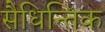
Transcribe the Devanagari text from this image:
सैधिन्तिक